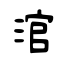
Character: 涫